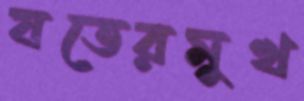
যতেরমুখ